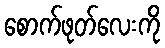
စောက်ဖုတ်လေးကို